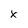
Character: x